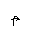
Letter: _mim